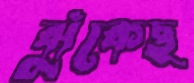
ঝুঁকেছ